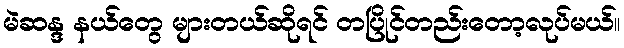
မဲဆန္ဒ နယ်တွေ များတယ်ဆိုရင် တပြိုင်တည်းတော့လုပ်မယ်။